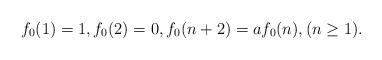
LaTeX: \begin{align*}f_0(1)=1,f_0(2)=0, f_0(n+2)=af_0(n),(n\geq1).\end{align*}